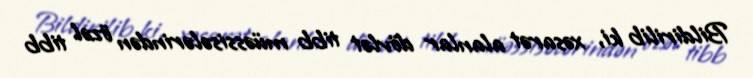
Bildirilib ki, xəsarət alanlar dövlət tibb müəssisələrindən özəl tibb